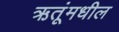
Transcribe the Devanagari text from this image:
ऋतूंमधील